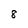
Character: 8